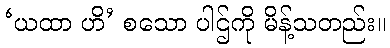
‘ယထာ ဟိ’ စသော ပါဌ်ကို မိန့်သတည်း။